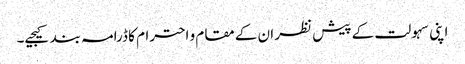
اپنی سہولت کے پیش نظر ان کے مقام و احترام کا ڈرامہ بند کیجیے۔